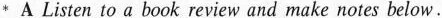
* A Listen to a book review and make notes below.